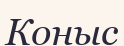
Коныс